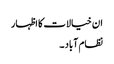
ان خیالات کا اظہار
نظام آباد ۔